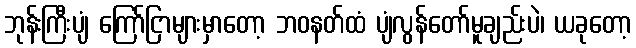
ဘုန်းကြီးပျံ ကြော်ငြာများမှာတော့ ဘဝနတ်ထံ ပျံလွန်တော်မူချည်းပဲ၊ ယခုတော့